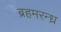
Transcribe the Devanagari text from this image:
ब्रहमरन्ध्र